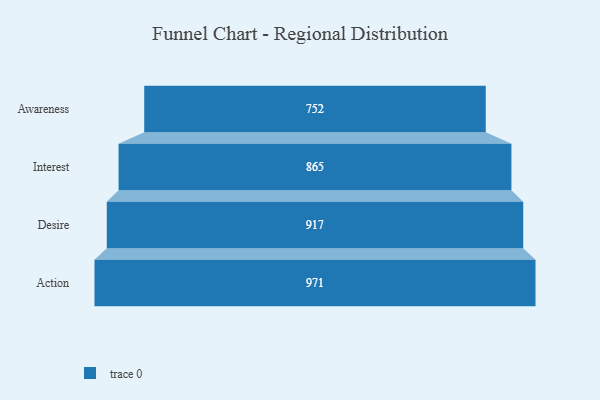
{"axis": {"x": "Stage", "y": "Value"}, "legend": [""], "data": [{"x": "Awareness", "y": 752.0, "type": ""}, {"x": "Interest", "y": 865.0, "type": ""}, {"x": "Desire", "y": 917.0, "type": ""}, {"x": "Action", "y": 971.0, "type": ""}]}